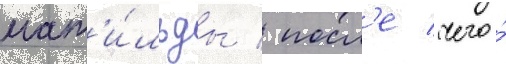
мат'и́льды / посл'е чего́